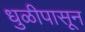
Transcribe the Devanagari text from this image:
धुळीपासून